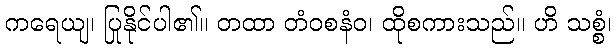
ကရေယျ၊ ပြုနိုင်ပါ၏။ တထာ တံဝစနံဝ၊ ထိုစကားသည်။ ဟိ သစ္စံ၊